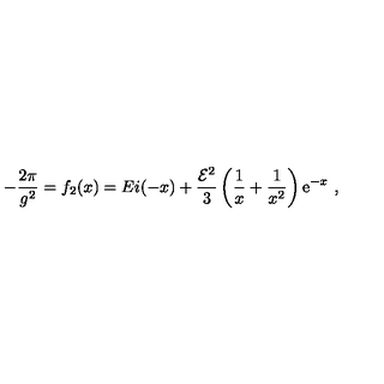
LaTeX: - { \frac { 2 \pi } { g ^ { 2 } } } = f _ { 2 } ( x ) = E i ( - x ) + { \frac { { \cal E } ^ { 2 } } { 3 } } \left( { \frac { 1 } { x } } + { \frac { 1 } { x ^ { 2 } } } \right) { \mathrm e } ^ { - x } \ ,